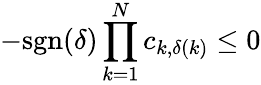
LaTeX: -\mathrm{sgn}(\delta)\prod_{k=1}^{N}c_{k,\delta(k)}\leq 0